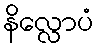
နိလ္လောပံ